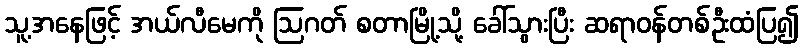
သူ့အနေဖြင့် အယ်လီမေကို ဩဂတ် စတာမြို့သို့ ခေါ်သွားပြီး ဆရာဝန်တစ်ဦးထံပြ၍